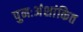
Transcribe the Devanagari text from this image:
पुनःअंशांकित